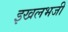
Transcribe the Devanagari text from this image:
इखलभजी